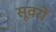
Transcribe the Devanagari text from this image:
सूवरों